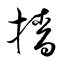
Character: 檣